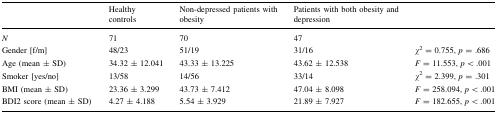
<table><thead><tr><td></td><td><b>Healthy controls</b></td><td><b>Non-depressed patients with obesity</b></td><td><b>Patients with both obesity and depression</b></td><td></td></tr></thead><tbody><tr><td><i>N</i></td><td>71</td><td>70</td><td>47</td><td></td></tr><tr><td>Gender [f/m]</td><td>48/23</td><td>51/19</td><td>31/16</td><td><i>χ</i><sup>2</sup> = 0.755, <i>p</i> = .686</td></tr><tr><td>Age (mean ± SD)</td><td>34.32 ± 12.041</td><td>43.33 ± 13.225</td><td>43.62 ± 12.538</td><td><i>F</i> = 11.553, <i>p</i> &lt; .001</td></tr><tr><td>Smoker [yes/no]</td><td>13/58</td><td>14/56</td><td>33/14</td><td><i>χ</i><sup>2</sup> = 2.399, <i>p</i> = .301</td></tr><tr><td>BMI (mean ± SD)</td><td>23.36 ± 3.299</td><td>43.73 ± 7.412</td><td>47.04 ± 8.098</td><td><i>F</i> = 258.094, <i>p</i> &lt; .001</td></tr><tr><td>BDI2 score (mean ± SD)</td><td>4.27 ± 4.188</td><td>5.54 ± 3.929</td><td>21.89 ± 7.927</td><td><i>F</i> = 182.655, <i>p</i> &lt; .001</td></tr></tbody></table>